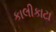
કાલીકાટા